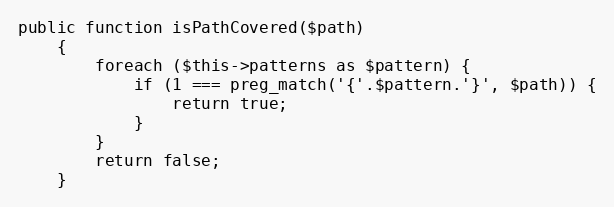
Language: PHP
public function isPathCovered($path)
    {
        foreach ($this->patterns as $pattern) {
            if (1 === preg_match('{'.$pattern.'}', $path)) {
                return true;
            }
        }
        return false;
    }